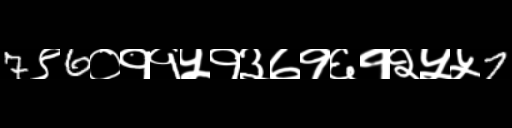
Text: 7९6०११५१३७१६१२५५7